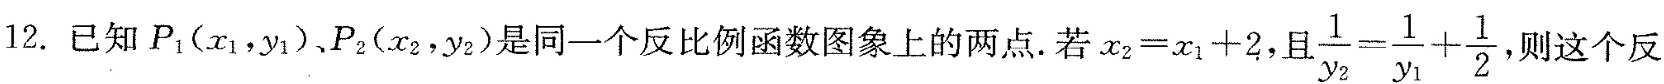
12.已知P_{1}(x_{1}，y_{1})、P_{2}(x_{2}，y_{2})是同一个反比例函数图象上的两点。若$$x _ { 2 } = x _ { 1 } + 2$$，且$$\frac { 1 } { y _ { 2 } } = \frac { 1 } { y _ { 1 } } + \frac { 1 } { 2 }$$ ，则这个反